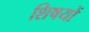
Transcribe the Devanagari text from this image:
शिषयों